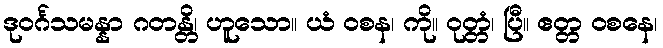
ဒုဝင်္ဂသမန္နာ ဂတန္တိ၊ ဟူသော။ ယံ ဝစန၊ ကို။ ဝုတ္တံ၊ ပြီ။ ဧတ္တ ဝစနေ၊